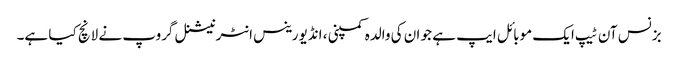
بزنس آن ٹیپ ایک موبائل ایپ ہے جو ان کی والدہ کمپنی ، انڈیورینس انٹرنیشنل گروپ نے لانچ کیا ہے۔